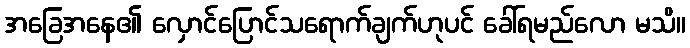
အခြေအနေ၏ လှောင်ပြောင်သရောက်ချက်ဟုပင် ခေါ်ရမည်လော မသိ။